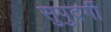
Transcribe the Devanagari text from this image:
सुपुदर्गी